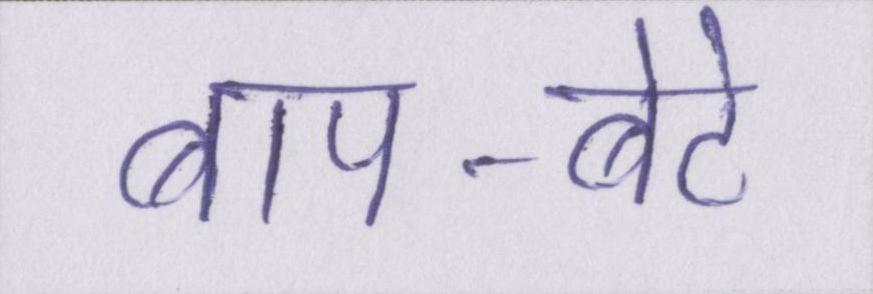
बाप-बेटे